Vaccination in Bombay 1874-1876 - 1874-1876
Year: 1874
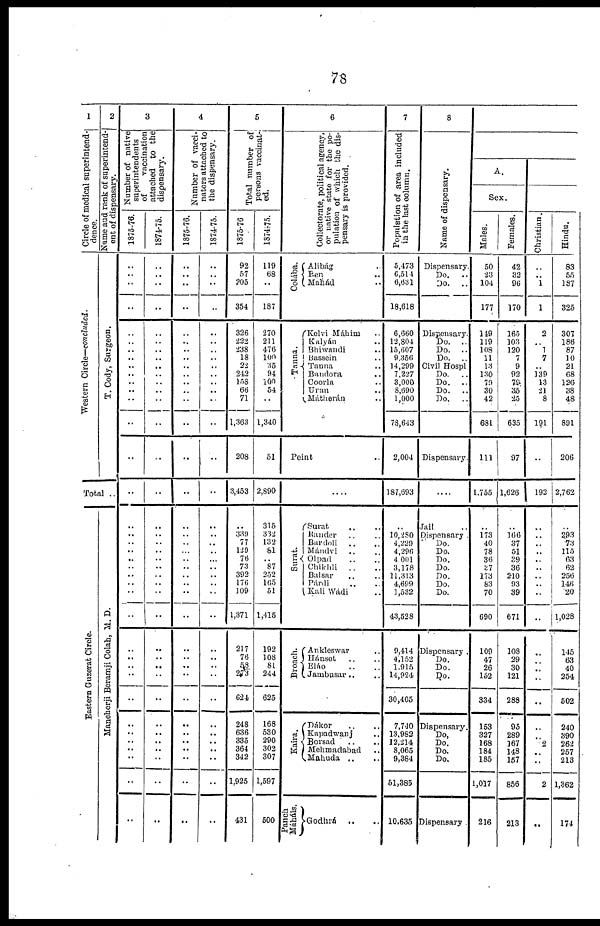
78
1
Circle of medical superintend-
dence.
Western Circle—concluded.
2
Name and rank of superintend-
ent of dispensary.
T. Cody, Surgeon.
Total ..
Eastern Guzerat Circle.
Mancherji Beramji Colah, M. D.
3
Number of native
superintendents
of
vaccination
attached to the
dispensary.
1875-76.
..
..
..
..
..
..
..
..
..
..
..
..
..
..
..
..
..
..
..
.. ..
.. ..
..
..
..
..
..
..
..
..
..
..
..
..
..
..
..
1874-75.
..
..
..
..
..
..
..
..
..
..
..
..
..
..
..
..
..
..
..
..
..
.. ..
..
..
..
..
..
..
..
..
..
..
..
..
..
..
..
4
Number of vacci-
nators attached to
the dispensary.
1875-76.
..
.. ..
..
..
..
..
..
..
..
..
..
..
..
..
..
..
..
..
..
..
.. ..
..
..
..
..
..
..
..
..
..
..
..
..
..
..
..
1874-75.
..
..
..
..
..
..
..
..
..
..
..
..
..
..
..
..
..
..
..
..
..
.. ..
..
..
..
..
..
..
..
..
..
..
..
..
..
..
..
5
Total number of
persons vaccinat-
ed.
1875-76
92
57
205
354
326
222
238
18
22 242
158
66
71
1,363
208
3,453
..
339
77
129
76
73
392
176
109
1,371
217
76
58
273
624
248
636
335
364
342
1,925
431
1874-75.
119
68
..
187
270
211
476
100
35
94
100
54
..
1,340
51
2,890
315
332
132
81
.. 87
252
165
51
1,415
192
108
81
244
625
168
530
290 302
307
1,597
500
6
Collectorate, political agency,
or native state for the po-
pulation of which the dis-
pensary is provided.
Colába.
Alibág ..
Pen ..
Mahád ..
Tanna.
Kelvi Máhim ..
Kalyán ..
Bhiwandi ..
Bassein ..
Tanna ..
Bandora ..
Coorla ..
Uran ..
Mátherán ..
Peint ..
....
Surat.
Surat .. ..
Rander .. ..
Bardoli .. ..
Mándvi .. ..
Olpad .. ..
Chikhli .. ..
Balsar .. ..
Párdi .. ..
Kali Wádi ..
Broach.
Ankleswar ..
Hánsot .. ..
Eláo .. ..
Jambusar.. ..
Kaira.
Dákor .. ..
Kapadwanj ..
Borsad .. ..
Mehmadabad ..
Mahuda .. ..
Panch
Máháls.
Godhrá .. ..
7
Population of area included
in the last column.
5,473
6,514
6,631
18,618
6,660
12,804
15,607
9,356
14,299
7,227
3,000
8,690
1,000
78,643
2,004
187,693
..
10,280
4,229
4,296
4,001
3,178
11,313
4,699
1,532
43,528
9,414
4,152
1,915
14,924
30,405
7,740
13,982
12,214
8,065
9,384
51,385
10,635
8
Name of dispensary.
Dispensary.
Do.
..
Do.
..
Dispensary.
Do.
..
Do.
..
Do.
..
Civil Hospl
Do.
..
Do.
..
Do.
..
Do.
..
Dispensary.
....
Jail ..
Dispensary
Do.
Do.
Do.
Do.
Do.
Do.
Do.
Dispensary .
Do.
Do.
Do.
Dispensary.
Do,
Do.
Do.
Do.
Dispensary
A.
Sex.
Males.
50
23
104
177
149
119
108
11
13
130
79
30
42
681
111
1,755
..
173
40
78
36
37
173
83
70
690
109
47
26
152
334
153
327
168
184
185
1,017
216
Females.
42
32
96
170
165
103
120
7
9
92
79
35
25
635
97
1,626
..
166
37
51
39
36
210
93
39
671
108
29
30
121
288
95
289
167
148
157
856
213
Christian.
..
.. 1
1
2
.. 1
7
.. 139
13
21
8
191
..
192
..
..
..
.. .. ..
..
..
..
..
..
..
..
..
..
..
..
2
..
..
2
..
Hindu.
83
55
187
325
307
186
87
10
21
68
126
38
48
891
206
2,762
..
293
73
115
63
62
256
146
20
1,028
145
63
40
254
502
240
390
262
257
213
1,362
174